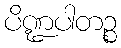
ပိဏ္ဍပါတဉ္စ